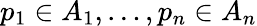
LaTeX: p_{1}\in A_{1},\ldots,p_{n}\in A_{n}